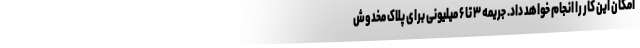
امکان این کار را انجام خواهد داد. جریمه ۳ تا ۶ میلیونی برای پلاک مخدوش